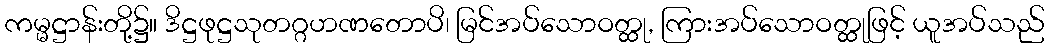
ကမ္မဋ္ဌာန်းတို့၌။ ဒိဋ္ဌဖုဋ္ဌသုတဂ္ဂဟဏတောပိ၊ မြင်အပ်သောဝတ္ထု, ကြားအပ်သောဝတ္ထုဖြင့် ယူအပ်သည်